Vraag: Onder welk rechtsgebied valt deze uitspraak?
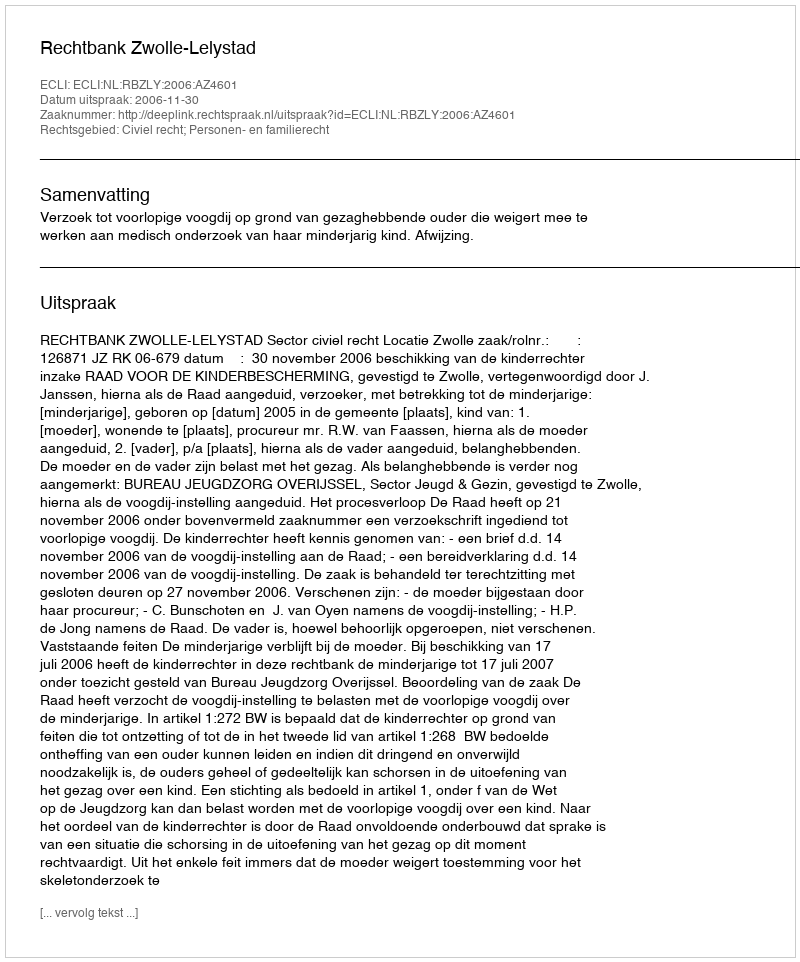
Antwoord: Civiel recht; Personen- en familierecht